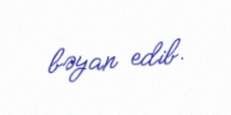
bəyan edib.